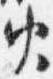
火